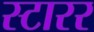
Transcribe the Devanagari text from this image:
स्टारर